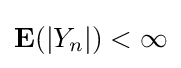
\mathbf {E} (\vert Y_{n}\vert )<\infty